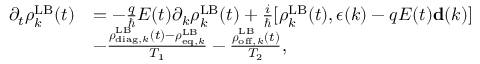
\begin{array} { r l } { \partial _ { t } \boldsymbol { \rho } _ { k } ^ { \mathrm { L B } } ( t ) } & { = - \frac { q } { \hbar } E ( t ) \partial _ { k } \boldsymbol { \rho } _ { k } ^ { \mathrm { L B } } ( t ) + \frac { i } { \hbar } [ \boldsymbol { \rho } _ { k } ^ { \mathrm { L B } } ( t ) , { \boldsymbol \epsilon } ( k ) - q E ( t ) { \bf d } ( k ) ] } \\ & { - \frac { \boldsymbol { \rho } _ { \mathrm { d i a g } , k } ^ { \mathrm { L B } } ( t ) - \boldsymbol { \rho } _ { \mathrm { e q } , k } ^ { \mathrm { L B } } } { T _ { 1 } } - \frac { \boldsymbol { \rho } _ { \mathrm { o f f } , k } ^ { \mathrm { L B } } ( t ) } { T _ { 2 } } , } \end{array}